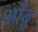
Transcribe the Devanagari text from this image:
आँबु